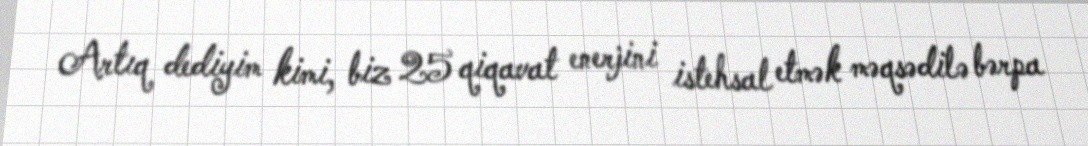
Artıq dediyim kimi, biz 25 qiqavat enerjini istehsal etmək məqsədilə bərpa